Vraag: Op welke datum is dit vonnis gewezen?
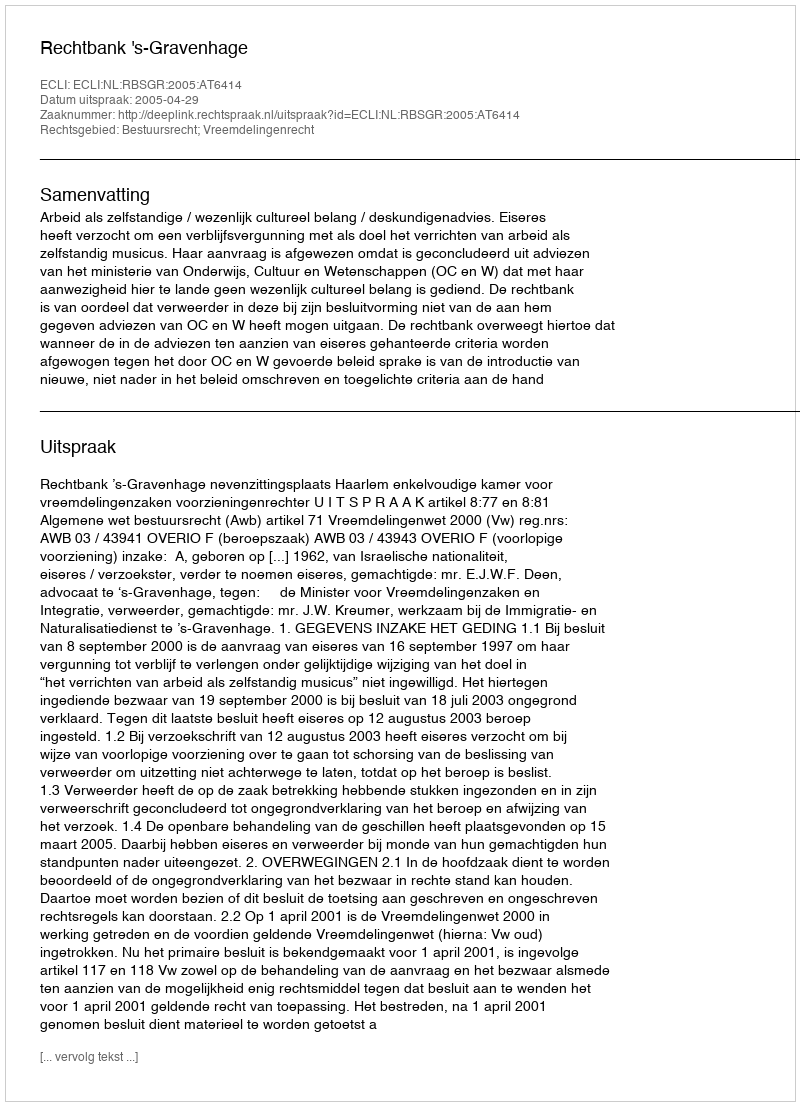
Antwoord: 2005-04-29